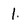
Character: 1